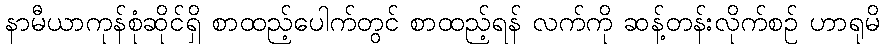
နာမီယာကုန်စုံဆိုင်ရှိ စာထည့်ပေါက်တွင် စာထည့်ရန် လက်ကို ဆန့်တန်းလိုက်စဉ် ဟာရုမိ